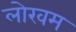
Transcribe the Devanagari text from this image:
लोखम